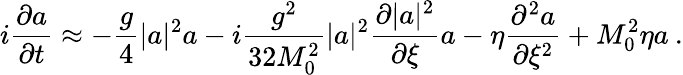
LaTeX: i\frac{\partial a}{\partial{t}}\approx-\displaystyle\frac{g}{4}|a|^{2}a-i\displaystyle\frac{g^{2}}{32M_{0}^{2}}{|a|^{2}\frac{\partial|a|^{2}}{\partial\xi}a}-\eta\displaystyle\frac{\partial^{2}a}{\partial\xi^{2}}+M_{0}^{2}\eta a\: .